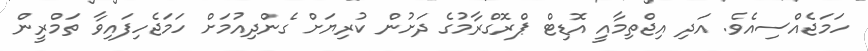
ހަމަޖެއްސިއެވެ. އަދި އިޖްތިމާއީ އޮޑިޓް ޕްރޮގްރާމުގެ ދަށުން ކުރިޔަށް ގެންދިއުމަށް ހަމަޖެހިފައިވާ ތަމްރީން